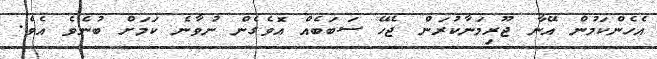
އެހެންކަމުން އޭނާ ޖޫރިމަނާކުރަން ޖެހޭ ސަބަބެއް އޮވެގެން ނުވާނެ ކަމަށް ބުނެވެ އެވެ.